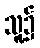
သူ့၌